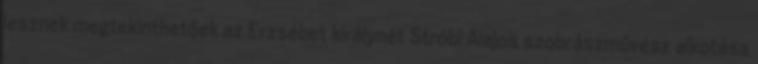
lesznek megtekinthetőek az Erzsébet királynét Stróbl Alajos szobrászművész alkotása